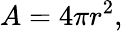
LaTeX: A=4\pi r^{2},